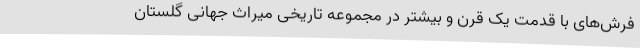
فرش‌های با قدمت یک قرن و بیشتر در مجموعه تاریخی میراث جهانی گلستان